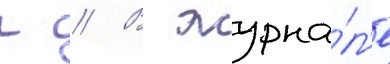
г // В журна́л'е